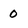
Character: 0